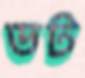
ডট